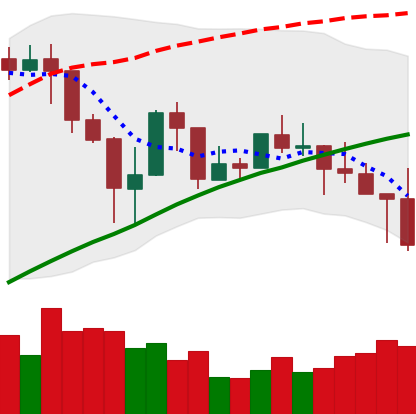
Ticker: LINK-USD
Chart end date: 2019-04-25
Forward return: 6.21%
Label: up_5_7